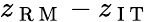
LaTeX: z_{\mathrm{~R~M~}}-z_{\mathrm{~I~T~}}